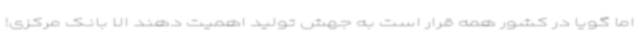
اما گویا در کشور همه قرار است به جهش تولید اهمیت دهند الا بانک مرکزی!